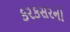
કરકસરનો